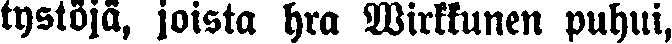
tystöjä, joista hra Wirkkunen puhui,